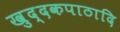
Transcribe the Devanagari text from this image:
खुद्दकपाठादि